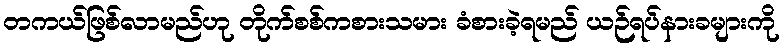
တကယ်ဖြစ်လာမည်ဟု တိုက်စစ်ကစားသမား ခံစားခဲ့ရမည် ယဉ်ရပ်နားခများကို